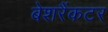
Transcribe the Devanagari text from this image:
बेशरैंकटर